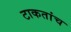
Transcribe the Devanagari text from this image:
टाकतांच